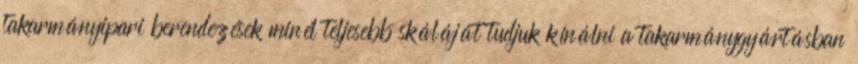
takarmányipari berendezések minél teljesebb skáláját tudjuk kínálni a takarmánygyártásban